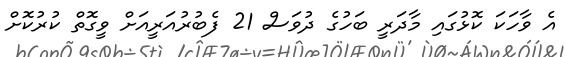
އެ ވާހަކަ ކޮޅުގައި މާދަރީ ބަހުގެ ދުވަސް 21 ފެބުރުއަރީއަށް ވީގޮތް ކުރުކޮށް